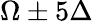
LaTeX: \Omega\pm 5\Delta